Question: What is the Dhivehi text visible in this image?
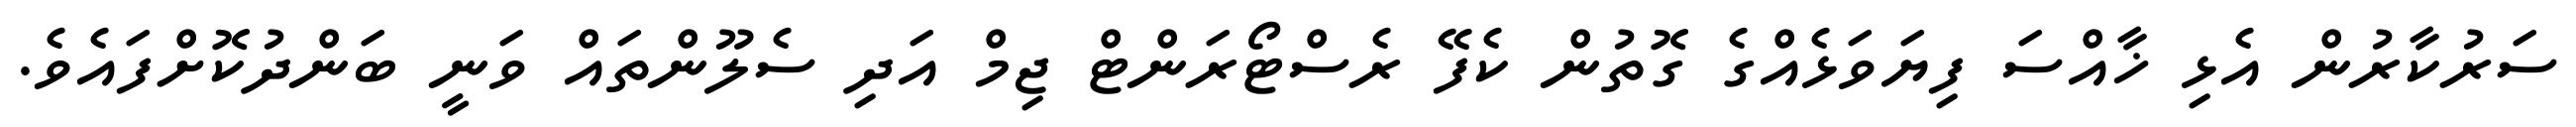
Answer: ސަރުކާރުން އެޅި ޚާއްސަ ފިޔަވަޅެއްގެ ގޮތުން ކެފޭ ރެސްޓޯރަންޓް ޖިމް އަދި ސެލޫންތައް ވަނީ ބަންދުކޮށްފައެވެ.